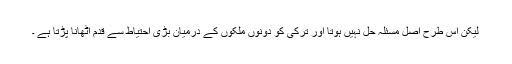
لیکن اس طرح اصل مسئلہ حل نہیں ہوتا اور ترکی کو دونوں ملکوں کے درمیان بڑی احتیاط سے قدم اٹھانا پڑتا ہے ۔